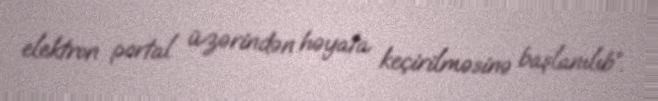
elektron portal üzərindən həyata keçirilməsinə başlanılıb”.